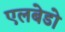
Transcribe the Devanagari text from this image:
एलबेडो